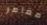
مغامر